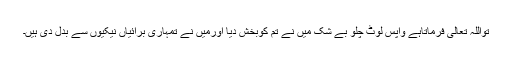
تواللہ تعالیٰ فرماتاہے واپس لوٹ چلو بے شک میں نے تم کوبخش دیا اورمیں نے تمہاری برائیاں نیکیوں سے بدل دی ہیں۔